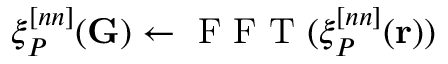
\xi _ { P } ^ { [ n n ] } ( \mathbf { G } ) \leftarrow \mathrm { ~ F ~ F ~ T ~ } ( \xi _ { P } ^ { [ n n ] } ( \mathbf { r } ) )